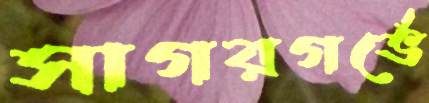
সাগরগর্ভে